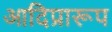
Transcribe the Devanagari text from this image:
आदिप्रारूप